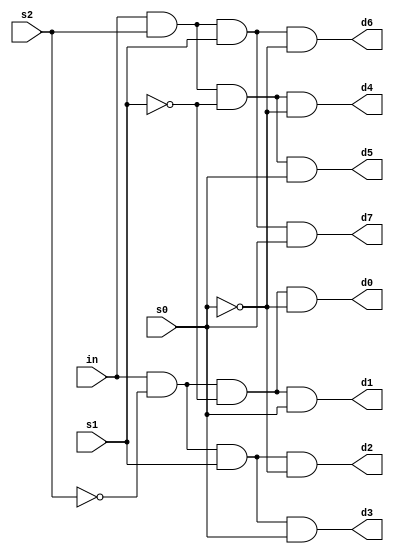
module DeMux18(in,s0,s1,s2,d0,d1,d2,d3,d4,d5,d6,d7);
	input in,s0,s1,s2;
	output d0,d1,d2,d3,d4,d5,d6,d7;
	assign d0=(in & ~s2 & ~s1 &~s0),
			 d1=(in & ~s2 & ~s1 &s0),
			 d2=(in & ~s2 & s1 &~s0),
			 d3=(in & ~s2 & s1 &s0),
			 d4=(in & s2 & ~s1 &~s0),
			 d5=(in & s2 & ~s1 &s0),
			 d6=(in & s2 & s1 &~s0),
			 d7=(in & s2 & s1 &s0);
endmodule